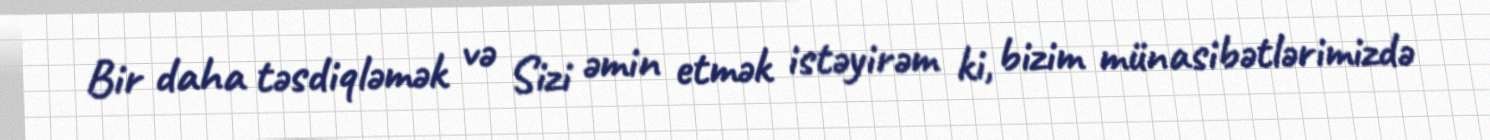
Bir daha təsdiqləmək və Sizi əmin etmək istəyirəm ki, bizim münasibətlərimizdə